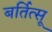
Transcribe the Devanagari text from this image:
बर्तित्सू